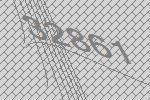
32861